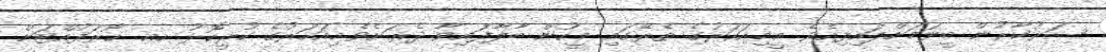
ސަރުކާރުން ބީލަމަށްލައިފިއެވެ. މީމިއަހަރުގެ ތެރޭގައި މީހުން ބާލާފައިވާ ދެރަށެވެ.މިއަހަރުގެ ކުރީކޮޅު ހއ. ހޯރަފުއްޓަށް